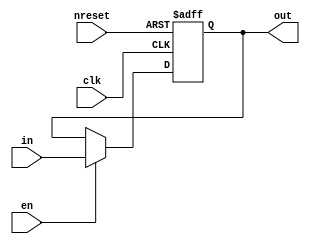
//#############################################################################
//# Function: Rising Edge Sampled Register                                    #
//#############################################################################
//# Author:   Andreas Olofsson                                                #
//# License:  MIT (see LICENSE file in OH! repository)                        #
//#############################################################################

module oh_reg1
  #(parameter N    = 1,        // vector width
    parameter SYN  = "TRUE",   // synthesizable (or not)
    parameter TYPE = "DEFAULT" // scell type/size
    )
   ( input          nreset, //async active low reset
     input 	    clk,    // clk
     input 	    en,     // write enable
     input [N-1:0]  in,     // input data
     output [N-1:0] out     // output data (stable/latched when clk=1)
     );

   //TODO: Implement all classes of flip-flops
   generate
      if(SYN == "TRUE") begin
	 reg [N-1:0]      out_reg;
	 always @ (posedge clk or negedge nreset)
	   if(!nreset)
	     out_reg[N-1:0] <= 'b0;
	   else if(en)
	     out_reg[N-1:0] <= in[N-1:0];
	 assign out[N-1:0] = out_reg[N-1:0];
      end
      else begin
	 genvar 	     i;
	 for (i=0;i<N;i=i+1) begin
	    asic_reg1 #(.TYPE(TYPE))
	    asic_reg1  (// Outputs
			.out	(out[i]),
			// Inputs
			.nreset	(nreset),
			.clk	(clk),
			.en	(en),
			.in	(in[i]));
	 end
      end
   endgenerate
endmodule